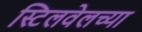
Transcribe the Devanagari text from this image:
स्टिलवेलच्या